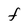
Character: F